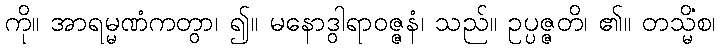
ကို။ အာရမ္မဏံကတွာ၊ ၍။ မနောဒွါရာဝဇ္ဇနံ၊ သည်။ ဥပ္ပဇ္ဇတိ၊ ၏။ တသ္မိံစ၊